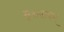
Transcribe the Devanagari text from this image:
मुराजपम्